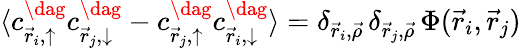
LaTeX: \langle c_{\vec{r}_{i},\uparrow}^{\dag}c_{\vec{r}_{j},\downarrow}^{\dag}-c_{\vec{r}_{j},\uparrow}^{\dag}c_{\vec{r}_{i},\downarrow}^{\dag}\rangle=\delta_{\vec{r}_{i},\vec{\rho}}\, \delta_{\vec{r}_{j},\vec{\rho}}\, \Phi(\vec{r}_{i},\vec{r}_{j})